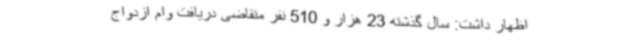
اظهار داشت: سال گذشته 23 هزار و 510 نفر متقاضی دریافت وام‌ ازدواج